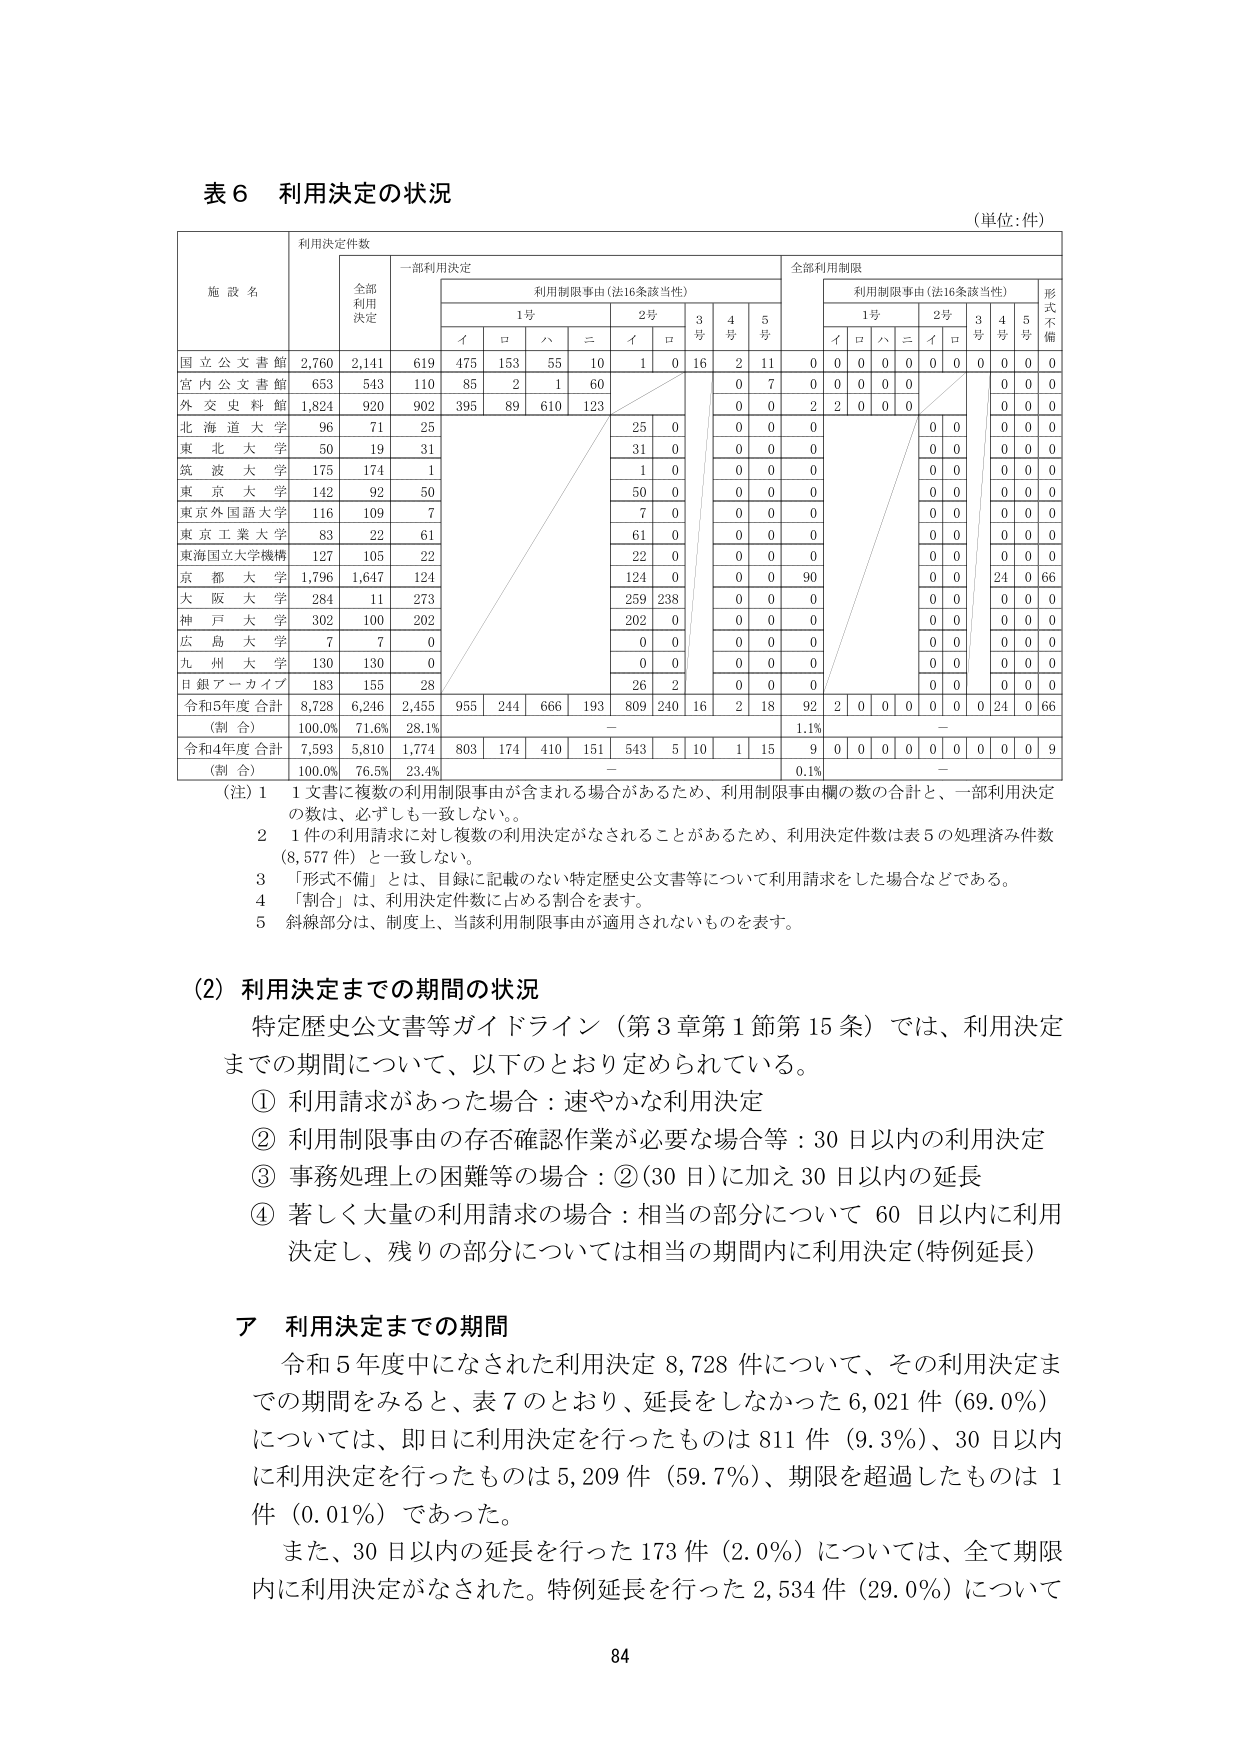
表６ 利用決定の状況
（単位：件）

施設名　利用決定件数
　　　　全部利用決定　一部利用決定　全部利用制限
　　　　　　　　　　　利用制限事由（法16条該当性）　　　利用制限事由（法16条該当性）　形式不備
　　　　　　　　　　　1号　　　　　2号　　　3号　4号　5号　　　1号　　　2号　　　3号　4号　5号
　　　　　　　　　　　イ　ロ　ハ　ニ　イ　ロ　　　　　　　　　イ　ロ　ハ　ニ　イ　ロ　　　　　　　　

国立公文書館　2,760　2,141　619　475　153　55　10　1　0　16　2　11　0　0　0　0　0　0　0　0　0
宮内公文書館　653　543　110　85　2　1　60　　　　　　　0　7　0　0　0　0　0　0　0　0　0
外交史料館　1,824　920　902　395　89　610　123　　　　　0　0　2　2　0　0　0　　　　　0　0　0
北海道大学　96　71　25　　　　　　　　　　　　　　　　　0　0　0　　　　　0　0　　　　　0　0　0
東北大学　50　19　31　　　　　　　　　　　　　　　　　31　0　　　　　0　0　　　　　0　0　0
筑波大学　175　174　1　　　　　　　　　　　　　　　　　1　0　　　　　0　0　　　　　0　0　0
東京大学　142　92　50　　　　　　　　　　　　　　　　　50　0　　　　　0　0　　　　　0　0　0
東京外国語大学　116　109　7　　　　　　　　　　　　　　　7　0　　　　　0　0　　　　　0　0　0
東京工業大学　83　22　61　　　　　　　　　　　　　　　61　0　　　　　0　0　　　　　0　0　0
東海国立大学機構　127　105　22　　　　　　　　　　　　　22　0　　　　　0　0　　　　　0　0　0
京都大学　1,796　1,647　124　　　　　　　　　　　　　124　0　　　　　0　0　90　　　0　0　24　0　66
大阪大学　284　11　273　　　　　　　　　　　　　259　238　　　　　0　0　0　　　0　0　0　0　0
神戸大学　302　100　202　　　　　　　　　　　　　202　0　　　　　0　0　0　　　0　0　0　0　0
広島大学　7　7　0　　　　　　　　　　　　　　　　　0　0　　　　　0　0　　　　　0　0　0
九州大学　130　130　0　　　　　　　　　　　　　　　0　0　　　　　0　0　　　　　0　0　0
日銀アーカイブ　183　155　28　　　　　　　　　　　　　26　2　　　　　0　0　0　　　0　0　0　0　0

令和5年度合計　8,728　6,246　2,455　955　244　666　193　809　240　16　2　18　92　2　0　0　0　0　0　24　0　66
（割合）　100.0%　71.6%　28.1%　－　　　　　　　　　　　　　　　　　1.1%　－
令和4年度合計　7,593　5,810　1,774　803　174　410　151　543　5　10　1　15　9　0　0　0　0　0　0　0　0　9
（割合）　100.0%　76.5%　23.4%　－　　　　　　　　　　　　　　　　　0.1%　－

（注）1　1文書に複数の利用制限事由が含まれる場合があるため、利用制限事由欄の数の合計と、一部利用決定の数は、必ずしも一致しない。
　　2　1件の利用請求に対し複数の利用決定がなされることがあるため、利用決定件数は表5の処理済み件数（8,577件）と一致しない。
　　3　「形式不備」とは、目録に記載のない特定歴史公文書等について利用請求をした場合などである。
　　4　「割合」は、利用決定件数に占める割合を表す。
　　5　斜線部分は、制度上、当該利用制限事由が適用されないものを表す。

（2）利用決定までの期間の状況
　　特定歴史公文書等ガイドライン（第3章第1節第15条）では、利用決定までの期間について、以下のとおり定められている。
　　① 利用請求があった場合：速やかな利用決定
　　② 利用制限事由の存否確認作業が必要な場合等：30日以内の利用決定
　　③ 事務処理上の困難等の場合：②（30日）に加え30日以内の延長
　　④ 著しく大量の利用請求の場合：相当の部分について60日以内に利用決定し、残りの部分については相当の期間内に利用決定（特例延長）

ア 利用決定までの期間
　　令和5年度中になされた利用決定8,728件について、その利用決定までの期間をみると、表7のとおり、延長をしなかった6,021件（69.0%）については、即日に利用決定を行ったものは811件（9.3%）、30日以内に利用決定を行ったものは5,209件（59.7%）、期限を超過したものは1件（0.01%）であった。
　　また、30日以内の延長を行った173件（2.0%）については、全て期限内に利用決定がなされた。特例延長を行った2,534件（29.0%）について

84